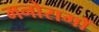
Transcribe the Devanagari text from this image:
मनोरागों